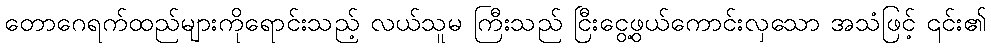
တောဂေရက်ထည်များကိုရောင်းသည့် လယ်သူမ ကြီးသည် ငြီးငွေ့ဖွယ်ကောင်းလှသော အသံဖြင့် ၎င်း၏